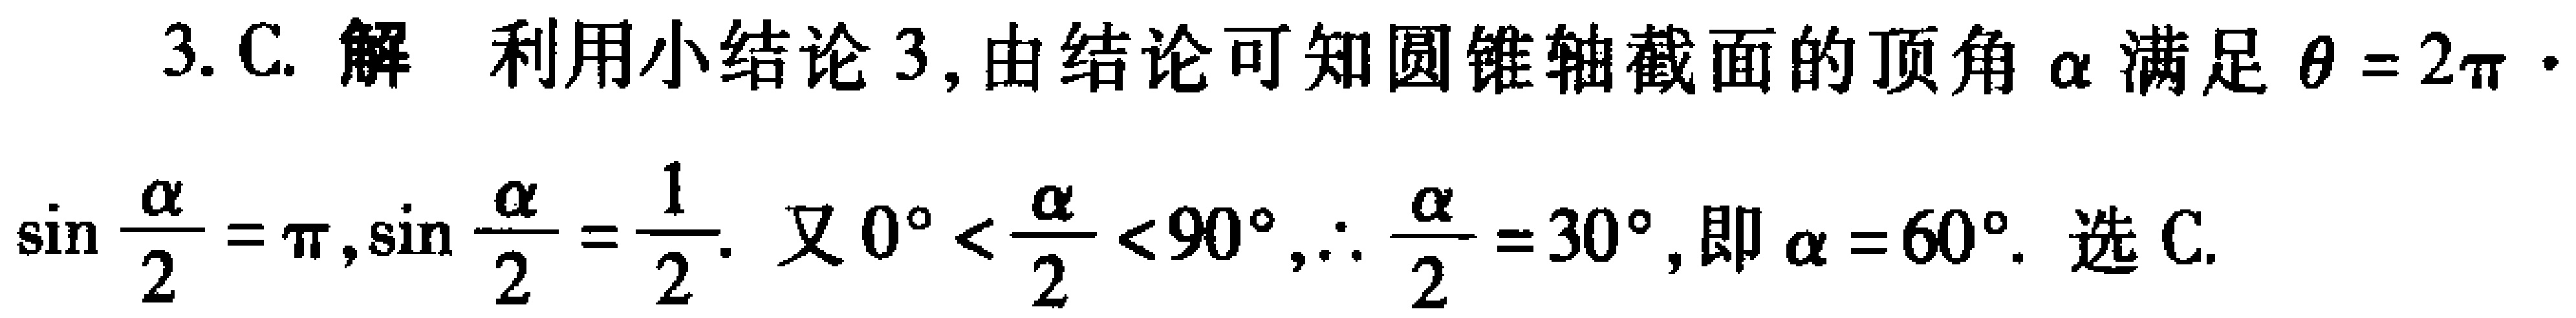
3. C. 解 利用小结论 3, 由结论可知圆锥轴截面的顶角\(\alpha\)满足\(\theta = 2\pi\cdot\)
\(\sin\frac{\alpha}{2}=\pi,\sin\frac{\alpha}{2}=\frac{1}{2}\). 又\(0^{\circ}<\frac{\alpha}{2}<90^{\circ},\therefore\frac{\alpha}{2}=30^{\circ}\), 即\(\alpha = 60^{\circ}\). 选 C.